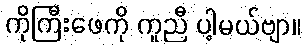
ကိုကြီးဖေကို ကူညီ ပါ့မယ်ဗျာ။